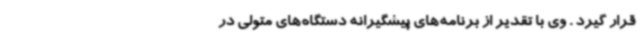
قرار گیرد . وی با تقدیر از برنامه‌های پیشگیرانه دستگاه‌های متولی در